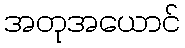
အတုအယောင်